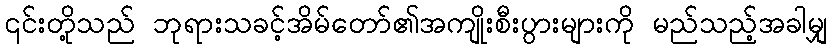
၎င်းတို့သည် ဘုရားသခင့်အိမ်တော်၏အကျိုးစီးပွားများကို မည်သည့်အခါမျှ